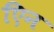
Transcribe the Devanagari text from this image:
एिन